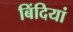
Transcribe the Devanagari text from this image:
बिंदियां